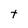
Character: t